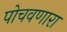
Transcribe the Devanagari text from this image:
पोचवणारा